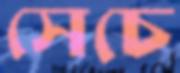
সেচে